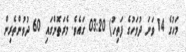
މަހުގެ 14 ވަނަ ދުވަހުގެ ފަތިހު) 03:20 ގައެވެ. މެރަތޮންގައި 60 ދުވުންތެރިން